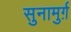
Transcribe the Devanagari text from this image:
सुनामुर्ग़